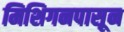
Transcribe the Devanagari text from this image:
मिशिगनपासून